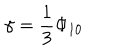
\gamma = \frac { 1 } { 3 } \Phi _ { 1 0 }